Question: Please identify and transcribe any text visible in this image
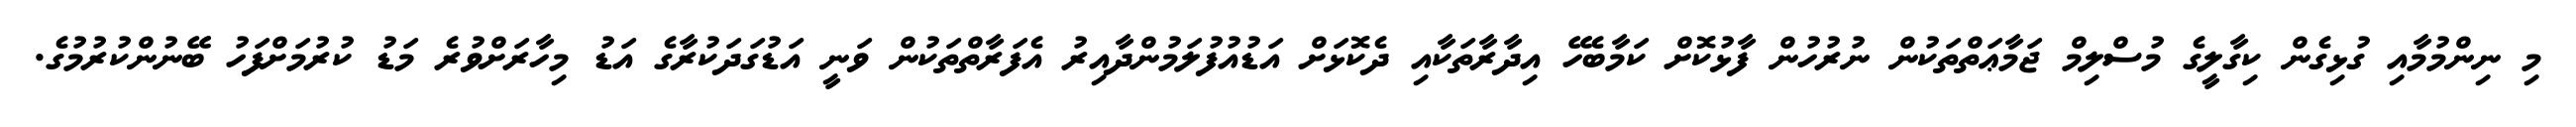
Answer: މި ނިންމުމާއި ގުޅިގެން ކިގާލީގެ މުސްލިމް ޖަމާޢަތްތަކުން ނުރުހުން ފާޅުކޮށް ކަމާބެހޭ އިދާރާތަކާއި ދެކޮޅަށް އަޑުއުފުލަމުންދާއިރު އެފަރާތްތަކުން ވަނީ އަޑުގަދަކުރާގެ އަޑު މިހާރަށްވުރެ މަޑު ކުރުމަށްފަހު ބޭނުންކުރުމުގެ.